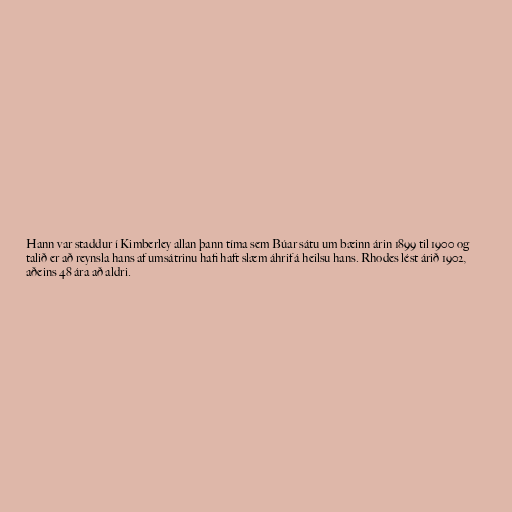
Hann var staddur í Kimberley allan þann tíma sem Búar sátu um bæinn árin 1899 til 1900 og
talið er að reynsla hans af umsátrinu hafi haft slæm áhrif á heilsu hans. Rhodes lést árið 1902,
aðeins 48 ára að aldri.